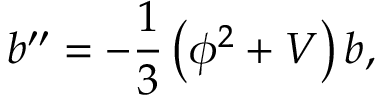
{ b ^ { \prime \prime } = - \frac { 1 } { 3 } \left( \phi ^ { 2 } + V \right) b , }